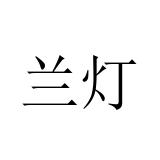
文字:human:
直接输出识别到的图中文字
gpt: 兰灯